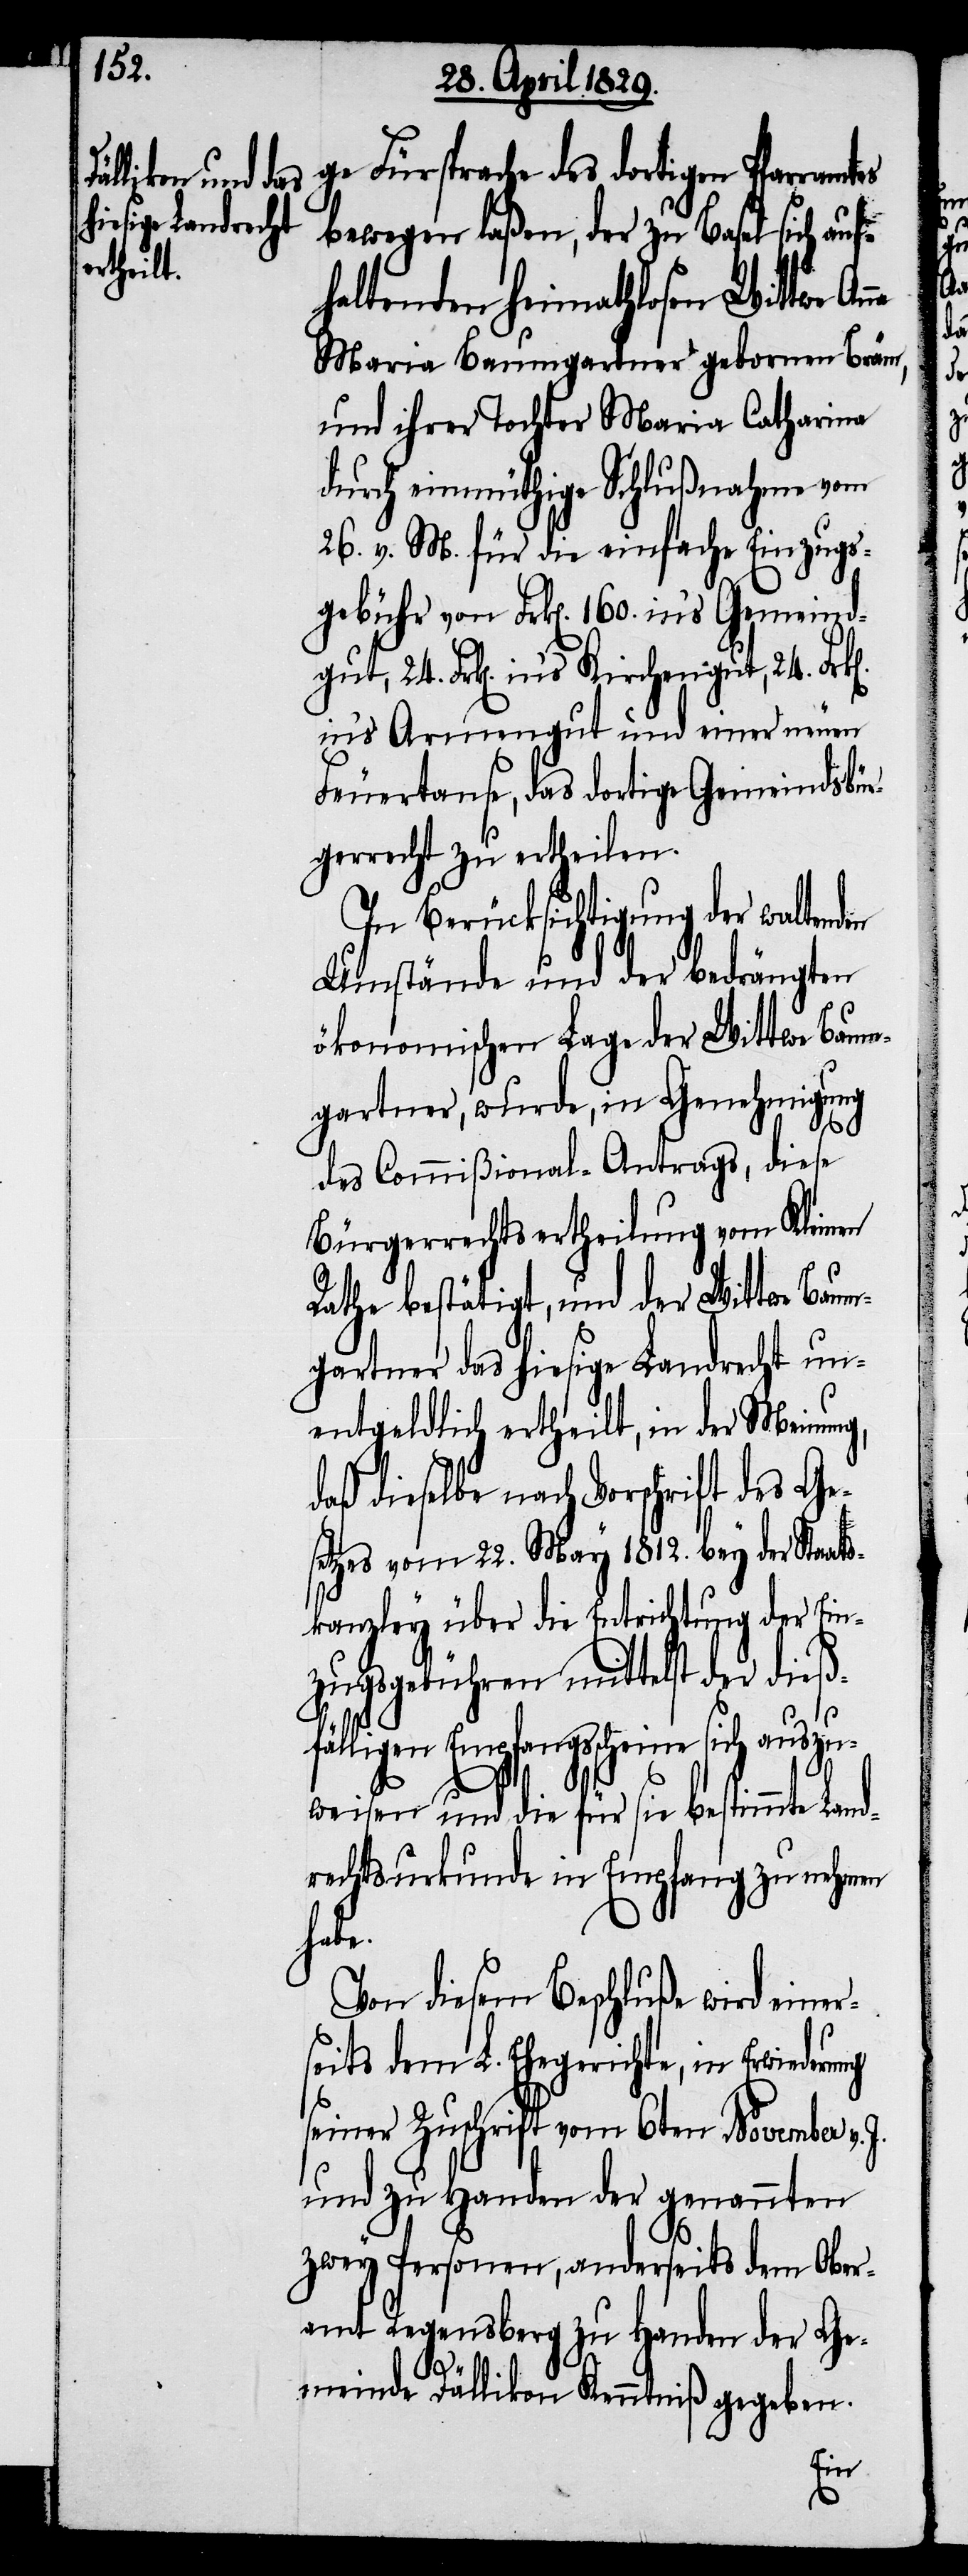
ge Fürsprache des dortigen Pfarramtes
bewegen laßen, der zu Basel sich auf¬
haltenden heimathlosen Wittwe An¬
Maria Baumgartner gebornen Bräm,
und ihrer Tochter Maria Catherina
durch einmüthige Schlußnahme vom
26. v. M. für die einfache Einzugs¬
gebühr von Frk[en]. 160. in’s Gemeind¬
24. Frk[en]. in’s Kirchengut, 24. Fr¬
in’s Armengut und einer neuen
Feuertaufe, das dortige Gemeindsbür¬
gerrrecht zu ertheilen.
In Berücksichtigung der walten¬
Umstände und der bedrängten
ökonomischen Lage der Wittwe Baum¬
gartner, wurde, in Genehmigung
des Commißional-Antrags, diese
Bürgerrechtsertheilung vom Kleinen
Rathe bestätigt, und der Wittwe Baum¬
gartner das hiesige Landrecht un¬
entgeldlich ertheilt, in der Meinung,
daß dieselbe nach Vorschrift des Ge¬
setzes vom 22. May 1812. bey der Staats¬
kanzley über die Entrichtung der Ein¬
zugsgebühren mittelst der dieß¬
fälligen Empfangsscheine sich auszu¬
weisen und die für sie bestimmte Land¬
rechtsurkunde im Empfang zu nehmen
habe.
Von diesem Beschluße wird einer¬
seits dem L. Ehegerichte, in Erwiede¬
seiner Zuschrift vom 6ten November v.
und zu Handen der genannten
zwey Personen, anderseits dem Ober¬
amt Regensberg zu Handen der Ge¬
meinde Dällikon Kenntniß gegeben.
rung